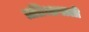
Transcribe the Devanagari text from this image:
प्रतिभाषाली